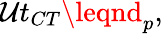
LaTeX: \mathcal{U}t_{CT}\leqnd_{p},